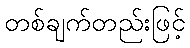
တစ်ချက်တည်းဖြင့်